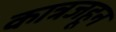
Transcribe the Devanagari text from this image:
कात्रजहून